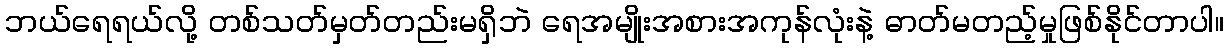
ဘယ်ရေရယ်လို့ တစ်သတ်မှတ်တည်းမရှိဘဲ ရေအမျိုးအစားအကုန်လုံးနဲ့ ဓာတ်မတည့်မှုဖြစ်နိုင်တာပါ။